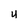
Character: U